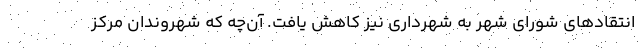
انتقادهای شورای شهر به شهرداری نیز کاهش یافت. آن‌چه که شهروندان مرکز